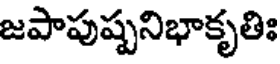
జపాపుష్పనిభాకృతిః